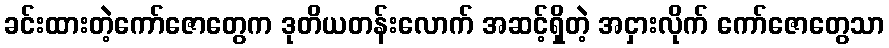
ခင်းထားတဲ့ကော်ဇောတွေက ဒုတိယတန်းလောက် အဆင့်ရှိတဲ့ အငှားလိုက် ကော်ဇောတွေသာ